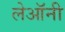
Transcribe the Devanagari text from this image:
लेऑनी